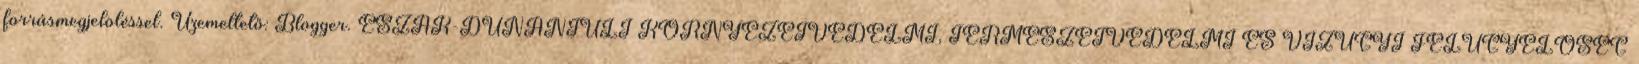
forrásmegjelöléssel. Üzemeltető: Blogger. ÉSZAK-DUNÁNTÚLI KÖRNYEZETVÉDELMI, TERMÉSZETVÉDELMI ÉS VÍZÜGYI FELÜGYELŐSÉG